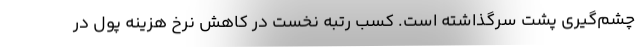
چشم‌گیری پشت سرگذاشته است. کسب رتبه نخست در کاهش نرخ هزینه پول در